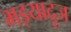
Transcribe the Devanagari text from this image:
भइयादूज